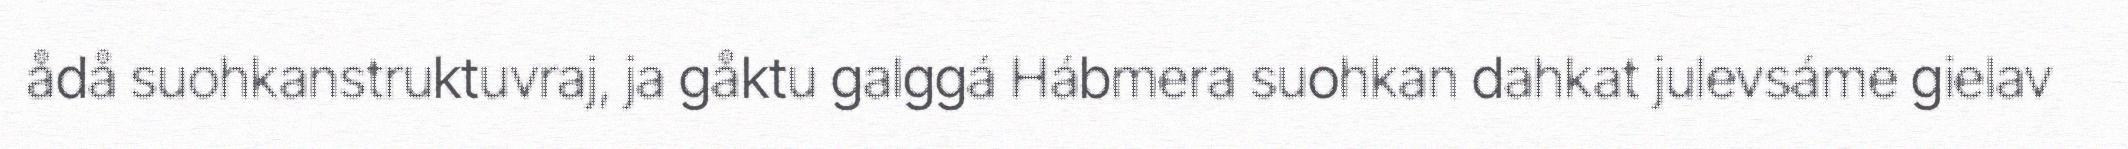
ådå suohkanstruktuvraj, ja gåktu galggá Hábmera suohkan dahkat julevsáme gielav